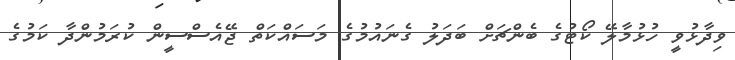
ވިދާޅުވީ ހުޅުމާލޭ ކޯޓުގެ ބެންޗަށް ބަދަލު ގެނައުމުގެ މަސައްކަތް ޖޭއެސްސީން ކުރަމުންދާ ކަމުގެ